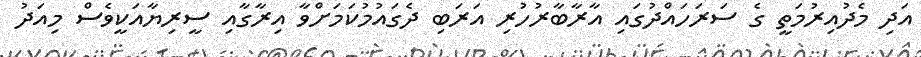
އަދި މެދުއިރުމަތީ ގެ ސަރަހައްދުގައި އާރާބާރުހުރި އަރަބި ދެގައުމުކަމަށްވާ އިރާގާއި ސީރިޔާއަކީވެސް މިއަދު